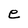
Character: e